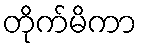
တိုက်မိကာ